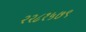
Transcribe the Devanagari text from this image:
२२८१५७९